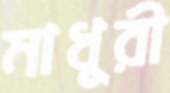
মাধুরী